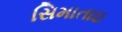
સિમાતાઇ